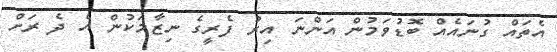
އެތައް ގުނައެއް ބޮޑުވަމުން އަންނަ އިރު ފެރީގެ ނިޒާމަކުން އެ ދެ ރަށް